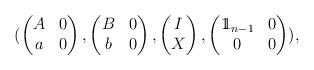
LaTeX: \begin{align*}(\begin{pmatrix}A & 0\\a & 0\end{pmatrix},\begin{pmatrix}B & 0\\b & 0\end{pmatrix},\begin{pmatrix}I\\X\end{pmatrix},\begin{pmatrix}1\!\!1_{n-1} & 0\\0 & 0\end{pmatrix}),\end{align*}